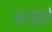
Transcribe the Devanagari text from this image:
मृत्युपूर्व